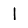
Digit: 1